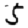
Digit: 5